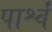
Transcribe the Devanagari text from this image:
पार्श्वं